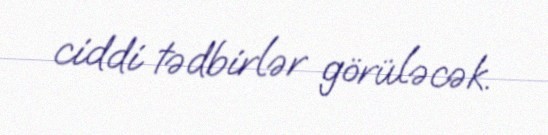
ciddi tədbirlər görüləcək.